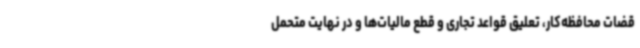
قضات محافظه‌کار، تعلیق قواعد تجاری و قطع مالیات‌ها و در نهایت متحمل